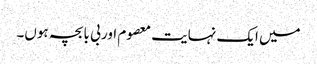
میں ایک نہایت معصوم اور بی با بچہ ہوں۔